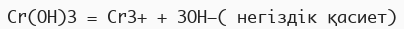
Сr(ОН)3 = Сr3+ + ЗОН−( негіздік қасиет)